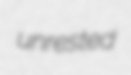
unrested